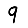
Digit: 9